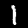
Label: 1